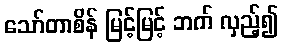
သော်တာစိန် မြင့်မြင့် ဘက် လှည့်၍